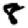
Digit: 8